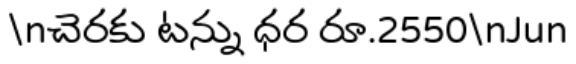
\nచెరకు టన్ను ధర రూ.2550\nJun